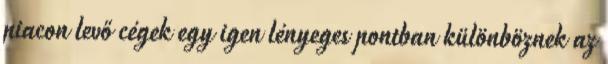
piacon levő cégek egy igen lényeges pontban különböznek az